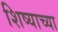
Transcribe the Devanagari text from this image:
शिष्याच्या